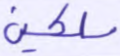
ملكين